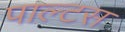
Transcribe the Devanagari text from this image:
पाल्टस